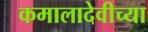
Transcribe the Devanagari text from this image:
कमालादेवीच्या